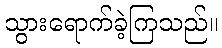
သွားရောက်ခဲ့ကြသည်။